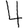
Digit: 4